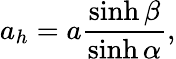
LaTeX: a_{h}=a\frac{\sinh\beta}{\sinh{\alpha}},